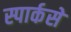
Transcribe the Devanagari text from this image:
स्पार्कसे